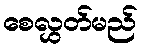
စေလွှတ်မည်